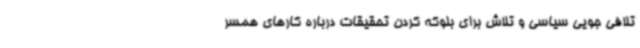
تلافی جویی سیاسی و تلاش برای بلوکه کردن تحقیقات درباره کارهای همسر